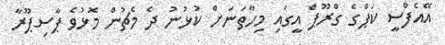
އޭއެފްސީ ކަޕްގެ ގްރޫޕް އީގައި މިހާތަނަށް ކުޅުނު ދެ މެޗުން މޮޅުވެ ޕާސިޕޫރާ